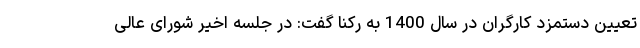
تعیین دستمزد کارگران در سال 1400 به رکنا گفت: در جلسه اخیر شورای عالی